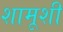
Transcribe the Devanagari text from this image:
शामूशी